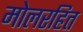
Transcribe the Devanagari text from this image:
मोलरहित